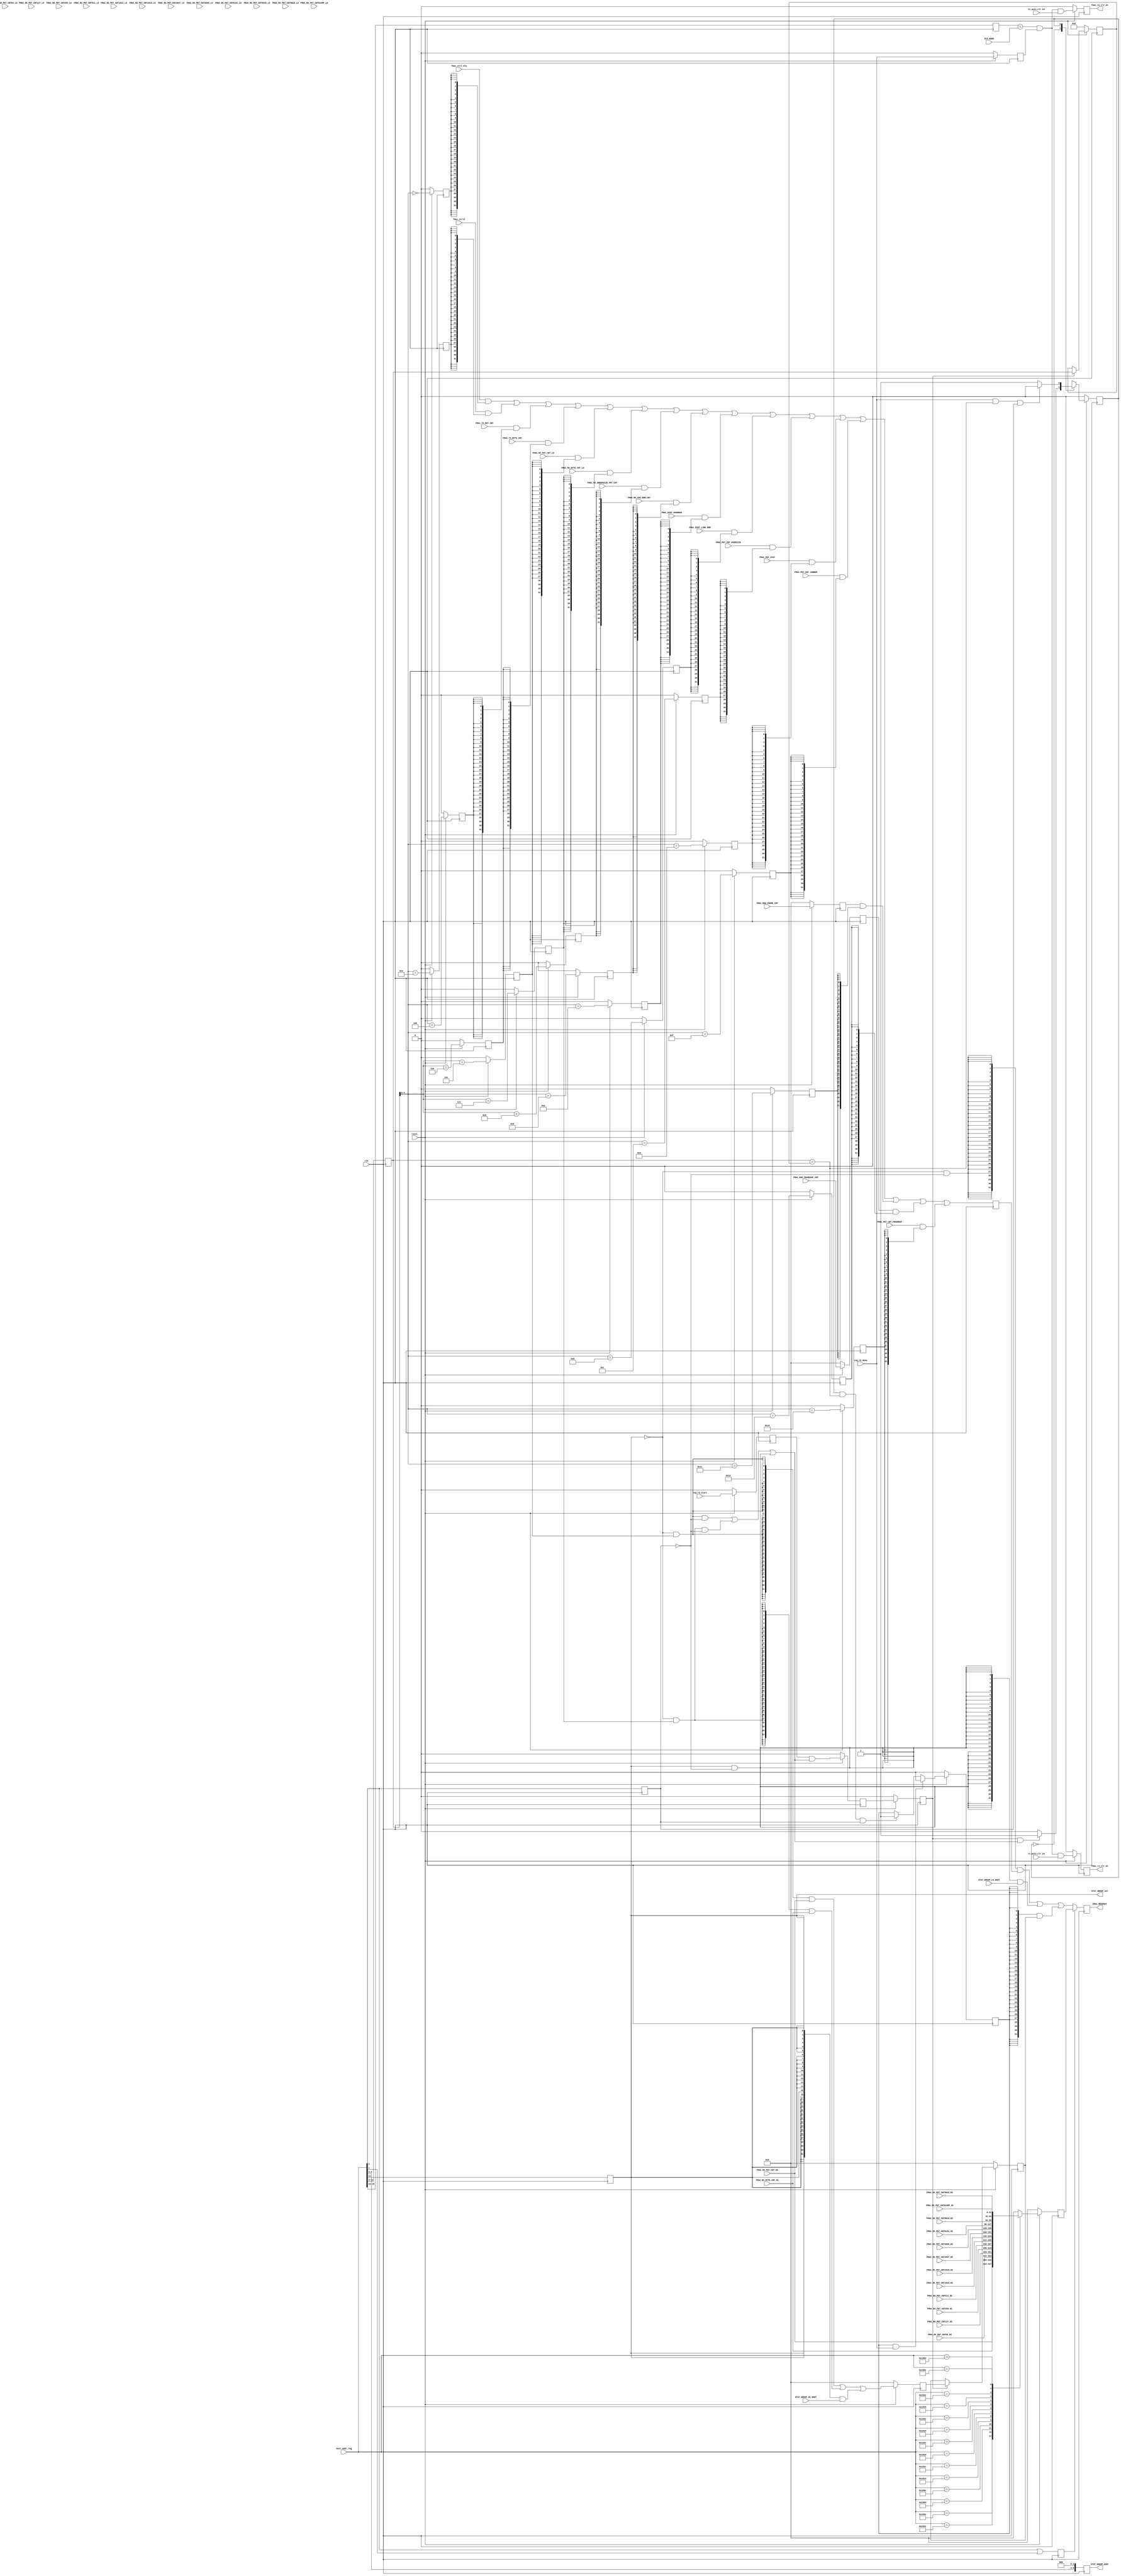
//
// Copyright (C) 2018 LeWiz Communications, Inc. 
// 
// This library is free software; you can redistribute it and/or
// modify it under the terms of the GNU Lesser General Public
// License as published by the Free Software Foundation; either
// version 2.1 of the License, or (at your option) any later version.
// 
// This library is distributed in the hope that it will be useful,
// but WITHOUT ANY WARRANTY; without even the implied warranty of
// MERCHANTABILITY or FITNESS FOR A PARTICULAR PURPOSE.  See the GNU
// Lesser General Public License for more details.
// 
// You should have received a copy of the GNU Lesser General Public
// License along with this library release; if not, write to the Free Software
// Foundation, Inc., 51 Franklin Street, Fifth Floor, Boston, MA  02110-1301  USA
// 
// LeWiz can be contacted at:  support@lewiz.com
// or address:  
// PO Box 9276
// San Jose, CA 95157-9276
// www.lewiz.com
// 
//    Language: Verilog
//


// synopsys translate_off
`timescale 1ns / 1ps
// synopsys translate_on

module fmac_register_if(
	clk,     				// i-1, 250MHz	
    reset_,  				// i-1	
     
    fmac_ctrl_dly,				//i-32
    FMAC_TX_PKT_CNT,  			//i-32
    FMAC_RX_PKT_CNT_LO,      	// i-32, clk250 (derived from SYNCLK125 [or FMAC0 clk])
    FMAC_RX_PKT_CNT_HI,      	// i-32, clk250 (derived from SYNCLK125 [or FMAC0 clk])

    FMAC_TX_BYTE_CNT,			// i-32
	FMAC_RX_BYTE_CNT_LO,   		// i-32, clk250 (from synclk)
	FMAC_RX_BYTE_CNT_HI,   		// i-32, clk250 (from synclk)

	FMAC_RX_UNDERSIZE_PKT_CNT,		// i-32
	FMAC_RX_CRC_ERR_CNT,			// i-32
	FMAC_DCNT_OVERRUN,				// i-32
	FMAC_DCNT_LINK_ERR,				// i-32
	FMAC_PKT_CNT_OVERSIZE,			// i-32
	FMAC_PHY_STAT,					// i-32
	fmac_ctrl1	,					// i-32
	
	FMAC_PKT_CNT_JABBER		,		// i-32
	FMAC_PKT_CNT_FRAGMENT	,		// i-32
	FMAC_RAW_FRAME_CNT	,			// i-32
	FMAC_BAD_FRAMESOF_CNT	,		// i-32
	
	STAT_GROUP_LO_DOUT	,			// i-32, clk250
	STAT_GROUP_HI_DOUT	,			// i-32, clk250
	STAT_GROUP_addr	,				// o-10, address to select the register within the STAT GROUP
	STAT_GROUP_sel	,				//o-1
	fmac_rx_clr_en,					//o-1
	
	fmac_tx_clr_en,					//o-1
	reg_rd_start,					// i-1, pulse indicating the start of a reg access
	reg_rd_done,					// i-1, pulse indicating the end of a reg access
	host_addr_reg,					// i-16
	SYS_ADDR,						// i-4
	
	rx_auto_clr_en,					//i-1
	tx_auto_clr_en,					//i-1
	
	
	FMAC_RX_PKT_CNT64_LO,   		// i-33
	FMAC_RX_PKT_CNT64_HI,   		// i-32
	                       
	FMAC_RX_PKT_CNT127_LO,  		// i-33
	FMAC_RX_PKT_CNT127_HI,  		// i-32
	                       
	FMAC_RX_PKT_CNT255_LO,  		// i-33
	FMAC_RX_PKT_CNT255_HI,  		// i-32
	                       
	FMAC_RX_PKT_CNT511_LO,  		// i-33
	FMAC_RX_PKT_CNT511_HI,  		// i-32
	                       
	FMAC_RX_PKT_CNT1023_LO, 		// i-33
	FMAC_RX_PKT_CNT1023_HI, 		 // i-32
	                       
	FMAC_RX_PKT_CNT1518_LO, 		 // i-33
	FMAC_RX_PKT_CNT1518_HI, 		 // i-32
	                       
	FMAC_RX_PKT_CNT2047_LO, 		 // i-33
	FMAC_RX_PKT_CNT2047_HI, 		 // i-32
	                       
	FMAC_RX_PKT_CNT4095_LO, 		 // i-33
	FMAC_RX_PKT_CNT4095_HI, 		 // i-32
	                       
	FMAC_RX_PKT_CNT8191_LO, 		 // i-33
	FMAC_RX_PKT_CNT8191_HI, 		 // i-32
	                       
	FMAC_RX_PKT_CNT9018_LO, 		  // i-33
	FMAC_RX_PKT_CNT9018_HI, 		  // i-32
	                       
	FMAC_RX_PKT_CNT9022_LO, 		  // i-33
	FMAC_RX_PKT_CNT9022_HI, 		  // i-32
	                       
	FMAC_RX_PKT_CNT9199P_LO,		   // i-33
	FMAC_RX_PKT_CNT9199P_HI,		   // i-32
		
	
	FMAC_REGDOUT					   // o-32
	
    );
      

input       clk;
input       reset_;

// Statistic Registers
input	[31:0]	fmac_ctrl_dly	;
input [31:0]	FMAC_TX_PKT_CNT;
input [31:0]	FMAC_RX_PKT_CNT_LO;
input [31:0]	FMAC_RX_PKT_CNT_HI;

input [31:0]	FMAC_TX_BYTE_CNT;
input [31:0]	FMAC_RX_BYTE_CNT_LO;
input [31:0]	FMAC_RX_BYTE_CNT_HI;

input [31:0]	FMAC_RX_UNDERSIZE_PKT_CNT;
input [31:0]	FMAC_RX_CRC_ERR_CNT;
input [31:0]	FMAC_DCNT_OVERRUN;
input [31:0]	FMAC_DCNT_LINK_ERR;
input [31:0]	FMAC_PKT_CNT_OVERSIZE;
input [31:0]	FMAC_PHY_STAT;
input	[31:0]	fmac_ctrl1	;

input	[31:0]	FMAC_PKT_CNT_JABBER		;		  //i-32
input	[31:0]	FMAC_PKT_CNT_FRAGMENT	;		   //i-32
input	[31:0]	FMAC_RAW_FRAME_CNT	;			   //i-32
input	[31:0]	FMAC_BAD_FRAMESOF_CNT	;		   //i-32
	
input	[31:0]	STAT_GROUP_LO_DOUT	;			// i-32, clk250
input	[31:0]	STAT_GROUP_HI_DOUT	;			// i-32, clk250
output	[9:0]	STAT_GROUP_addr	;				// o-10, address to select the register within the STAT GROUP
output			STAT_GROUP_sel	;				// o-1,
output			fmac_rx_clr_en	;				// o-1,
	
output			fmac_tx_clr_en	;				 // o-1,
input			reg_rd_start;
input			reg_rd_done;
input [15:0]	host_addr_reg;
input [3:0]		SYS_ADDR;

input			rx_auto_clr_en;
input			tx_auto_clr_en;


input	[32:0]		FMAC_RX_PKT_CNT64_LO;
input	[31:0]		FMAC_RX_PKT_CNT64_HI;
     	      		
input	[32:0]		FMAC_RX_PKT_CNT127_LO;
input	[31:0]		FMAC_RX_PKT_CNT127_HI;
     	      		
input	[32:0]		FMAC_RX_PKT_CNT255_LO;
input	[31:0]		FMAC_RX_PKT_CNT255_HI;
     	      		
input	[32:0]		FMAC_RX_PKT_CNT511_LO;
input	[31:0]		FMAC_RX_PKT_CNT511_HI;
     	      		
input	[32:0]		FMAC_RX_PKT_CNT1023_LO;
input	[31:0]		FMAC_RX_PKT_CNT1023_HI;
     	      		
input	[32:0]		FMAC_RX_PKT_CNT1518_LO;
input	[31:0]		FMAC_RX_PKT_CNT1518_HI;
     	      		
input	[32:0]		FMAC_RX_PKT_CNT2047_LO;
input	[31:0]		FMAC_RX_PKT_CNT2047_HI;
     	      		
input	[32:0]		FMAC_RX_PKT_CNT4095_LO;
input	[31:0]		FMAC_RX_PKT_CNT4095_HI;
     	      		
input	[32:0]		FMAC_RX_PKT_CNT8191_LO;
input	[31:0]		FMAC_RX_PKT_CNT8191_HI;
     	      		
input	[32:0]		FMAC_RX_PKT_CNT9018_LO;
input	[31:0]		FMAC_RX_PKT_CNT9018_HI;
     	      		
input	[32:0]		FMAC_RX_PKT_CNT9022_LO;
input	[31:0]		FMAC_RX_PKT_CNT9022_HI;
     	      		
input	[32:0]		FMAC_RX_PKT_CNT9199P_LO;
input	[31:0]		FMAC_RX_PKT_CNT9199P_HI;


output [31:0]	FMAC_REGDOUT;


wire	atomic_cycle_mode;
reg		atm_latch_en;
reg		atm_latch_en_dly;
reg		[31:0]	local32_hi;		 //keeping the upper 32 bit of the 64 bit reg
reg		[31:0]	my_local32_hi;	 //temp mux
reg		[8:0]	atm_tag;		 //keeping the addr of the previous reg read for checking matching
reg				atm_valid;
wire			tag_match;

reg		reg_rd_start_int;
reg		reg_rd_done_int;
reg		atomic_hi_en;					  //enable the access to the ATOMIC HI register

reg	[31:0]	FMAC_RAW_FRAME_CNT_DLY1	;		  //i-32
reg	[31:0]	FMAC_BAD_FRAMESOF_CNT_DLY1	;	  //i-32

reg [8:0]	addr_buf0;
reg [9:0]	STAT_GROUP_addr;		//only bit 9:3 are used, for used by the new statistic regs
reg			upper32_addr;

reg			STAT_GROUP_sel;
reg			fmac_rx_clr_en;
reg			fmac_tx_clr_en;

reg	[3:0]	host_addr_int;				//only upper nibble of the host addr

reg			high_sel;
always @ (posedge clk)
	begin
	addr_buf0	 <=	host_addr_reg[11:3];
	
	upper32_addr	<= host_addr_reg[2];
	
   //keeping the bit numbering the same as the address
	host_addr_int		<= host_addr_reg[15:12];
	
	STAT_GROUP_addr	 	<= {host_addr_reg[9:3], 3'b000} ;
	
	STAT_GROUP_sel		<= host_addr_reg[11];
	
	fmac_rx_clr_en			<= 
		!reset_ ? 1'b0 :
		(host_addr_int == SYS_ADDR) & reg_rd_done_int & rx_auto_clr_en ;
		
	fmac_tx_clr_en			<= 
		!reset_ ? 1'b0 :
		(host_addr_int == SYS_ADDR) & reg_rd_done_int & tx_auto_clr_en ;

	high_sel				<=
		host_addr_reg[2] | host_addr_reg[1];
	end
	

parameter	[9:0]	FMAC_CTRL_addr							= 	10'h0_00;
parameter	[9:0]	FMAC_TX_PKT_CNT_addr					= 	10'h0_20;
parameter 	[9:0]	FMAC_RX_PKT_CNT_addr					= 	10'h0_28;	  // - RX_PKT_CNT_LO
parameter	[9:0]	FMAC_TX_BYTE_CNT_addr					= 	10'h0_30;	  // - RX_PKT_CNT_LO
parameter	[9:0]	FMAC_RX_BYTE_CNT_addr  					= 	10'h0_38;
parameter 	[9:0]	FMAC_RX_UNDERSIZE_PKT_CNT_addr			= 	10'h0_40;
parameter 	[9:0]	FMAC_RX_CRC_ERR_CNT_addr				= 	10'h0_48;
parameter	[9:0]	FMAC_DCNT_OVERRUN_addr 			   		= 	10'h0_50;
parameter	[9:0]	FMAC_DCNT_LINK_ERR_addr 		   		= 	10'h0_58;
parameter	[9:0]	FMAC_PKT_CNT_OVERSIZE_addr 		   		= 	10'h0_60;
parameter	[9:0]	FMAC_PHY_STAT_addr  			 		= 	10'h0_68;
parameter	[9:0]	FMAC_CTRL1_addr  			 			= 	10'h0_70;
parameter	[9:0]	FMAC_PKT_CNT_JABBER_addr 		   		= 	10'h0_78;
parameter	[9:0]	FMAC_PKT_CNT_FRAGMENT_addr 		   		= 	10'h0_80;
parameter	[9:0]	FMAC_RAW_FRAME_CNT_addr 		   		= 	10'h0_88;
parameter	[9:0]	FMAC_BAD_FRAMESOF_CNT_addr 		   		= 	10'h0_90;

// Decode address to Select lines 

wire		FMAC_CTRL_sel		;
wire		FMAC_TX_PKT_CNT_sel;
wire		FMAC_RX_PKT_CNT_sel;
wire		FMAC_TX_BYTE_CNT_sel;
wire		FMAC_RX_BYTE_CNT_sel;
wire		FMAC_RX_UNDERSIZE_PKT_CNT_sel;
wire	 	FMAC_RX_CRC_ERR_CNT_sel;
wire		FMAC_DCNT_OVERRUN_sel;
wire		FMAC_DCNT_LINK_ERR_sel;

wire		FMAC_PKT_CNT_OVERSIZE_sel;
wire		FMAC_PHY_STAT_sel;
wire		FMAC_CTRL1_sel		;

wire		FMAC_PKT_CNT_JABBER_sel		;
wire		FMAC_PKT_CNT_FRAGMENT_sel	;
wire		FMAC_RAW_FRAME_CNT_sel	;
wire		FMAC_BAD_FRAMESOF_CNT_sel	;

assign	FMAC_CTRL_sel					=	( addr_buf0[6:0] == FMAC_CTRL_addr[9:3]						); 
assign	FMAC_TX_PKT_CNT_sel				=	( addr_buf0[6:0] == FMAC_TX_PKT_CNT_addr[9:3]				); 
assign	FMAC_TX_BYTE_CNT_sel			=	( addr_buf0[6:0] == FMAC_TX_BYTE_CNT_addr[9:3]				); 
assign	FMAC_RX_PKT_CNT_sel				=	( addr_buf0[6:0] == FMAC_RX_PKT_CNT_addr[9:3]				); 
assign	FMAC_RX_BYTE_CNT_sel			=	( addr_buf0[6:0] == FMAC_RX_BYTE_CNT_addr[9:3]				); 
assign	FMAC_RX_UNDERSIZE_PKT_CNT_sel	=	( addr_buf0[6:0] == FMAC_RX_UNDERSIZE_PKT_CNT_addr[9:3]		); 
assign	FMAC_RX_CRC_ERR_CNT_sel			=	( addr_buf0[6:0] == FMAC_RX_CRC_ERR_CNT_addr[9:3]			);
assign	FMAC_DCNT_OVERRUN_sel			=	( addr_buf0[6:0] == FMAC_DCNT_OVERRUN_addr[9:3]				); 
assign	FMAC_DCNT_LINK_ERR_sel			=	( addr_buf0[6:0] == FMAC_DCNT_LINK_ERR_addr[9:3]			); 
assign	FMAC_PKT_CNT_OVERSIZE_sel		=	( addr_buf0[6:0] == FMAC_PKT_CNT_OVERSIZE_addr[9:3]			); 
assign	FMAC_PHY_STAT_sel				=	( addr_buf0[6:0] == FMAC_PHY_STAT_addr[9:3]					); 	
assign	FMAC_CTRL1_sel					=	( addr_buf0[6:0] == FMAC_CTRL1_addr[9:3]					); 
assign	FMAC_PKT_CNT_JABBER_sel			=	( addr_buf0[6:0] == FMAC_PKT_CNT_JABBER_addr[9:3]			); 
assign	FMAC_PKT_CNT_FRAGMENT_sel		=	( addr_buf0[6:0] == FMAC_PKT_CNT_FRAGMENT_addr[9:3]			); 
assign	FMAC_RAW_FRAME_CNT_sel			=	( addr_buf0[6:0] == FMAC_RAW_FRAME_CNT_addr[9:3]			); 
assign	FMAC_BAD_FRAMESOF_CNT_sel		=	( addr_buf0[6:0] == FMAC_BAD_FRAMESOF_CNT_addr[9:3]			); 


//DELAYED VERSION FOR READING - better timing
reg		DLY_FMAC_CTRL_sel		;
reg		DLY_FMAC_TX_PKT_CNT_sel;
reg		DLY_FMAC_RX_PKT_CNT_sel;
reg		DLY_FMAC_TX_BYTE_CNT_sel;
reg		DLY_FMAC_RX_BYTE_CNT_sel;
reg		DLY_FMAC_RX_UNDERSIZE_PKT_CNT_sel;
reg	 	DLY_FMAC_RX_CRC_ERR_CNT_sel;
reg		DLY_FMAC_DCNT_OVERRUN_sel;
reg		DLY_FMAC_DCNT_LINK_ERR_sel;
reg		DLY_FMAC_PKT_CNT_OVERSIZE_sel;
reg		DLY_FMAC_PHY_STAT_sel;
reg		DLY_FMAC_CTRL1_sel		;
reg		DLY_FMAC_PKT_CNT_JABBER_sel;
reg		DLY_FMAC_PKT_CNT_FRAGMENT_sel;
reg		DLY_FMAC_RAW_FRAME_CNT_sel;
reg		DLY_FMAC_BAD_FRAMESOF_CNT_sel;

always@(posedge clk)
begin
		DLY_FMAC_CTRL_sel					<= !reset_ ? 1'b0 : FMAC_CTRL_sel			      		;
		DLY_FMAC_TX_PKT_CNT_sel				<= !reset_ ? 1'b0 : FMAC_TX_PKT_CNT_sel			      	;
		DLY_FMAC_RX_PKT_CNT_sel				<= !reset_ ? 1'b0 : FMAC_RX_PKT_CNT_sel				   	;
		DLY_FMAC_TX_BYTE_CNT_sel			<= !reset_ ? 1'b0 : FMAC_TX_BYTE_CNT_sel			   	;
		DLY_FMAC_RX_BYTE_CNT_sel			<= !reset_ ? 1'b0 : FMAC_RX_BYTE_CNT_sel			   	;
		DLY_FMAC_RX_UNDERSIZE_PKT_CNT_sel	<= !reset_ ? 1'b0 : FMAC_RX_UNDERSIZE_PKT_CNT_sel		;
	 	DLY_FMAC_RX_CRC_ERR_CNT_sel			<= !reset_ ? 1'b0 : FMAC_RX_CRC_ERR_CNT_sel			    ;
		DLY_FMAC_DCNT_OVERRUN_sel			<= !reset_ ? 1'b0 : FMAC_DCNT_OVERRUN_sel			    ;
		DLY_FMAC_DCNT_LINK_ERR_sel			<= !reset_ ? 1'b0 : FMAC_DCNT_LINK_ERR_sel			    ;
		DLY_FMAC_PKT_CNT_OVERSIZE_sel		<= !reset_ ? 1'b0 : FMAC_PKT_CNT_OVERSIZE_sel		   	;
		DLY_FMAC_PHY_STAT_sel				<= !reset_ ? 1'b0 : FMAC_PHY_STAT_sel				    ;
		DLY_FMAC_CTRL1_sel					<= !reset_ ? 1'b0 : FMAC_CTRL1_sel			      		;
	
		DLY_FMAC_PKT_CNT_JABBER_sel			<= !reset_ ? 1'b0 : FMAC_PKT_CNT_JABBER_sel		   		;
		DLY_FMAC_PKT_CNT_FRAGMENT_sel		<= !reset_ ? 1'b0 : FMAC_PKT_CNT_FRAGMENT_sel		   	;
		DLY_FMAC_RAW_FRAME_CNT_sel			<= !reset_ ? 1'b0 : FMAC_RAW_FRAME_CNT_sel		   	;
		DLY_FMAC_BAD_FRAMESOF_CNT_sel		<= !reset_ ? 1'b0 : FMAC_BAD_FRAMESOF_CNT_sel		   	;
end
	

reg		[31:0]	REGU_GROUP_LO_DOUT;

 // REGULAR GROUP register - LOW 32
always@(posedge clk)
	begin
		FMAC_RAW_FRAME_CNT_DLY1		<= !reset_ ? 32'h0	   	: FMAC_RAW_FRAME_CNT	;	
		FMAC_BAD_FRAMESOF_CNT_DLY1	<= !reset_ ? 32'h0 		: FMAC_BAD_FRAMESOF_CNT	;	
	
	REGU_GROUP_LO_DOUT		<=
	
			fmac_ctrl_dly 				&	{32{ DLY_FMAC_CTRL_sel					}}	| 
			fmac_ctrl1		 			&	{32{ DLY_FMAC_CTRL1_sel					}}	| 
			
			FMAC_TX_PKT_CNT 			&	{32{ DLY_FMAC_TX_PKT_CNT_sel			}}  | 
			FMAC_TX_BYTE_CNT 			&	{32{ DLY_FMAC_TX_BYTE_CNT_sel			}}  | 
			FMAC_RX_PKT_CNT_LO 			&	{32{ DLY_FMAC_RX_PKT_CNT_sel			}}  | 
			FMAC_RX_BYTE_CNT_LO 		&	{32{ DLY_FMAC_RX_BYTE_CNT_sel			}}  | 
			FMAC_RX_UNDERSIZE_PKT_CNT 	&	{32{ DLY_FMAC_RX_UNDERSIZE_PKT_CNT_sel	}}  | 
			FMAC_RX_CRC_ERR_CNT 		&	{32{ DLY_FMAC_RX_CRC_ERR_CNT_sel		}}  |
			FMAC_DCNT_OVERRUN 			&	{32{ DLY_FMAC_DCNT_OVERRUN_sel			}}  | 
			FMAC_DCNT_LINK_ERR 			&	{32{ DLY_FMAC_DCNT_LINK_ERR_sel			}}  | 
			FMAC_PKT_CNT_OVERSIZE 		&	{32{ DLY_FMAC_PKT_CNT_OVERSIZE_sel		}}  | 
			FMAC_PHY_STAT 				&	{32{ DLY_FMAC_PHY_STAT_sel				}}  |
			FMAC_PKT_CNT_JABBER 		&	{32{ DLY_FMAC_PKT_CNT_JABBER_sel		}}  | 
			
			FMAC_RAW_FRAME_CNT_DLY1 		&	{32{ DLY_FMAC_RAW_FRAME_CNT_sel			}}	|     
			FMAC_BAD_FRAMESOF_CNT_DLY1 		&	{32{ DLY_FMAC_BAD_FRAMESOF_CNT_sel		}}	| 
			FMAC_PKT_CNT_FRAGMENT 		&	{32{ DLY_FMAC_PKT_CNT_FRAGMENT_sel		}}   
			;	
		
	end

reg		[31:0]	REGU_GROUP_HI_DOUT;
always@ (posedge clk)
	begin
		if (!reset_) begin
			REGU_GROUP_HI_DOUT		<=		0;
		end
		else begin
			case (host_addr_reg)
				16'h102C	:	REGU_GROUP_HI_DOUT		<=		FMAC_RX_PKT_CNT_HI;
				16'h103C	:	REGU_GROUP_HI_DOUT		<=		FMAC_RX_BYTE_CNT_HI;
				16'h1804	:	REGU_GROUP_HI_DOUT		<=		FMAC_RX_PKT_CNT64_HI;
				16'h180C	:	REGU_GROUP_HI_DOUT		<=		FMAC_RX_PKT_CNT127_HI;
				16'h1814	:	REGU_GROUP_HI_DOUT		<=		FMAC_RX_PKT_CNT255_HI;
				16'h181C	:	REGU_GROUP_HI_DOUT		<=		FMAC_RX_PKT_CNT511_HI;
				16'h1824	:	REGU_GROUP_HI_DOUT		<=		FMAC_RX_PKT_CNT1023_HI;
				16'h182C	:	REGU_GROUP_HI_DOUT		<=		FMAC_RX_PKT_CNT1518_HI;
				16'h1834	:	REGU_GROUP_HI_DOUT		<=		FMAC_RX_PKT_CNT2047_HI;
				16'h183C	:	REGU_GROUP_HI_DOUT		<=		FMAC_RX_PKT_CNT4095_HI;
				16'h1844	:	REGU_GROUP_HI_DOUT		<=		FMAC_RX_PKT_CNT8191_HI;
				16'h184C	:	REGU_GROUP_HI_DOUT		<=		FMAC_RX_PKT_CNT9018_HI;
				16'h1854	:	REGU_GROUP_HI_DOUT		<=		FMAC_RX_PKT_CNT9022_HI;
				16'h185C	:	REGU_GROUP_HI_DOUT		<=		FMAC_RX_PKT_CNT9199P_HI;		 
				default		:	REGU_GROUP_HI_DOUT		<= 		0;
			endcase
		end
	end
reg [31:0]	FMAC_REGDOUT;


always@(posedge clk)
begin
							
	FMAC_REGDOUT	<=		high_sel	?
							REGU_GROUP_HI_DOUT		:
							{32{ !STAT_GROUP_sel & !upper32_addr	}} & 		REGU_GROUP_LO_DOUT	|
							{32{  STAT_GROUP_sel & !upper32_addr	}} & 		STAT_GROUP_LO_DOUT	|
							{32{ atomic_hi_en }} & local32_hi
							;
										
end


// ATOMIC CONTROLLER - Enforce ATOMICITY for 64 bit reg reads
assign		atomic_cycle_mode = 
							( !STAT_GROUP_sel & DLY_FMAC_RX_PKT_CNT_sel 	& !upper32_addr )
						|	( !STAT_GROUP_sel & DLY_FMAC_RX_BYTE_CNT_sel 	& !upper32_addr )
						|	(  STAT_GROUP_sel 		& !upper32_addr )
						
						;

 	//HI access cycle
assign	tag_match	= (addr_buf0 == atm_tag);


always@(posedge clk)	
	if (!reset_)
		begin
		reg_rd_start_int	<= 1'b0;
		reg_rd_done_int	<= 1'b0;
		end
	else
		begin
		reg_rd_start_int	<= reg_rd_start;		//reg_rd_start and done are from MAC_REG module
		reg_rd_done_int	<= reg_rd_done;	
		end
		

always@(posedge clk)		
begin
	
		 	//local ATMOMIC HI valid bit
	if (!reset_)
		atm_valid	<= 1'b0;
	else case (atm_valid)
		1'b0:
		atm_valid	<=
			atm_latch_en_dly & atomic_cycle_mode ? 1'b1 : 1'b0;
			
		1'b1:
		atm_valid	<=
			(reg_rd_done & tag_match & upper32_addr) ? 1'b0 : 1'b1;
			
		endcase

if (!reset_ )
	begin
	atm_latch_en		<= 1'b0 ;
	atm_latch_en_dly	<= 1'b0 ;
	local32_hi			<= 32'h0 ;
	atm_tag				<= 9'h0 ;
	my_local32_hi		<= 32'h0 ;
	atomic_hi_en		<= 1'b0 ;
	
	end
else
	begin		
	atm_latch_en		<= reg_rd_start_int & atomic_cycle_mode;				//enable latching if it's atomic access start
	atm_latch_en_dly	<= atm_latch_en;										//delay to wait for address propagation
	local32_hi			<= atm_latch_en_dly ? my_local32_hi : local32_hi;
	atm_tag				<= atm_latch_en_dly ? addr_buf0 : atm_tag;
				
	my_local32_hi			<=
	                        	{32{ !STAT_GROUP_sel & DLY_FMAC_RX_PKT_CNT_sel	}} &	FMAC_RX_PKT_CNT_HI		
							|	{32{ !STAT_GROUP_sel & DLY_FMAC_RX_BYTE_CNT_sel	}} &	FMAC_RX_BYTE_CNT_HI		
							|	{32{  STAT_GROUP_sel			}} & 	STAT_GROUP_HI_DOUT
							
									;
	
	atomic_hi_en	<=
			atomic_hi_en & reg_rd_done ? 1'b0 :
			atm_valid & tag_match & upper32_addr ? 1'b1 :
			atomic_hi_en
			;
	end
			
end



endmodule